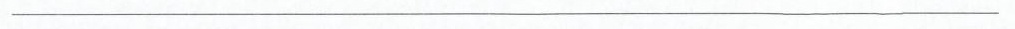
___